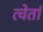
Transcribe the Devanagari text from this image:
त्वेतां